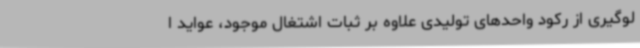
لوگیری از رکود واحدهای تولیدی علاوه بر ثبات اشتغال موجود، عواید ا